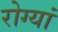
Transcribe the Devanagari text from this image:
रोग्यां